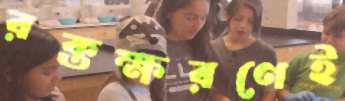
রক্তক্ষরণেই